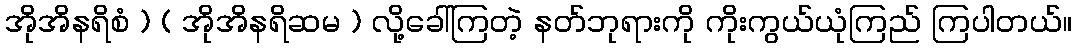
အိုအိနရိစံ ) ( အိုအိနရိဆမ ) လို့ခေါ်ကြတဲ့ နတ်ဘုရားကို ကိုးကွယ်ယုံကြည် ကြပါတယ်။